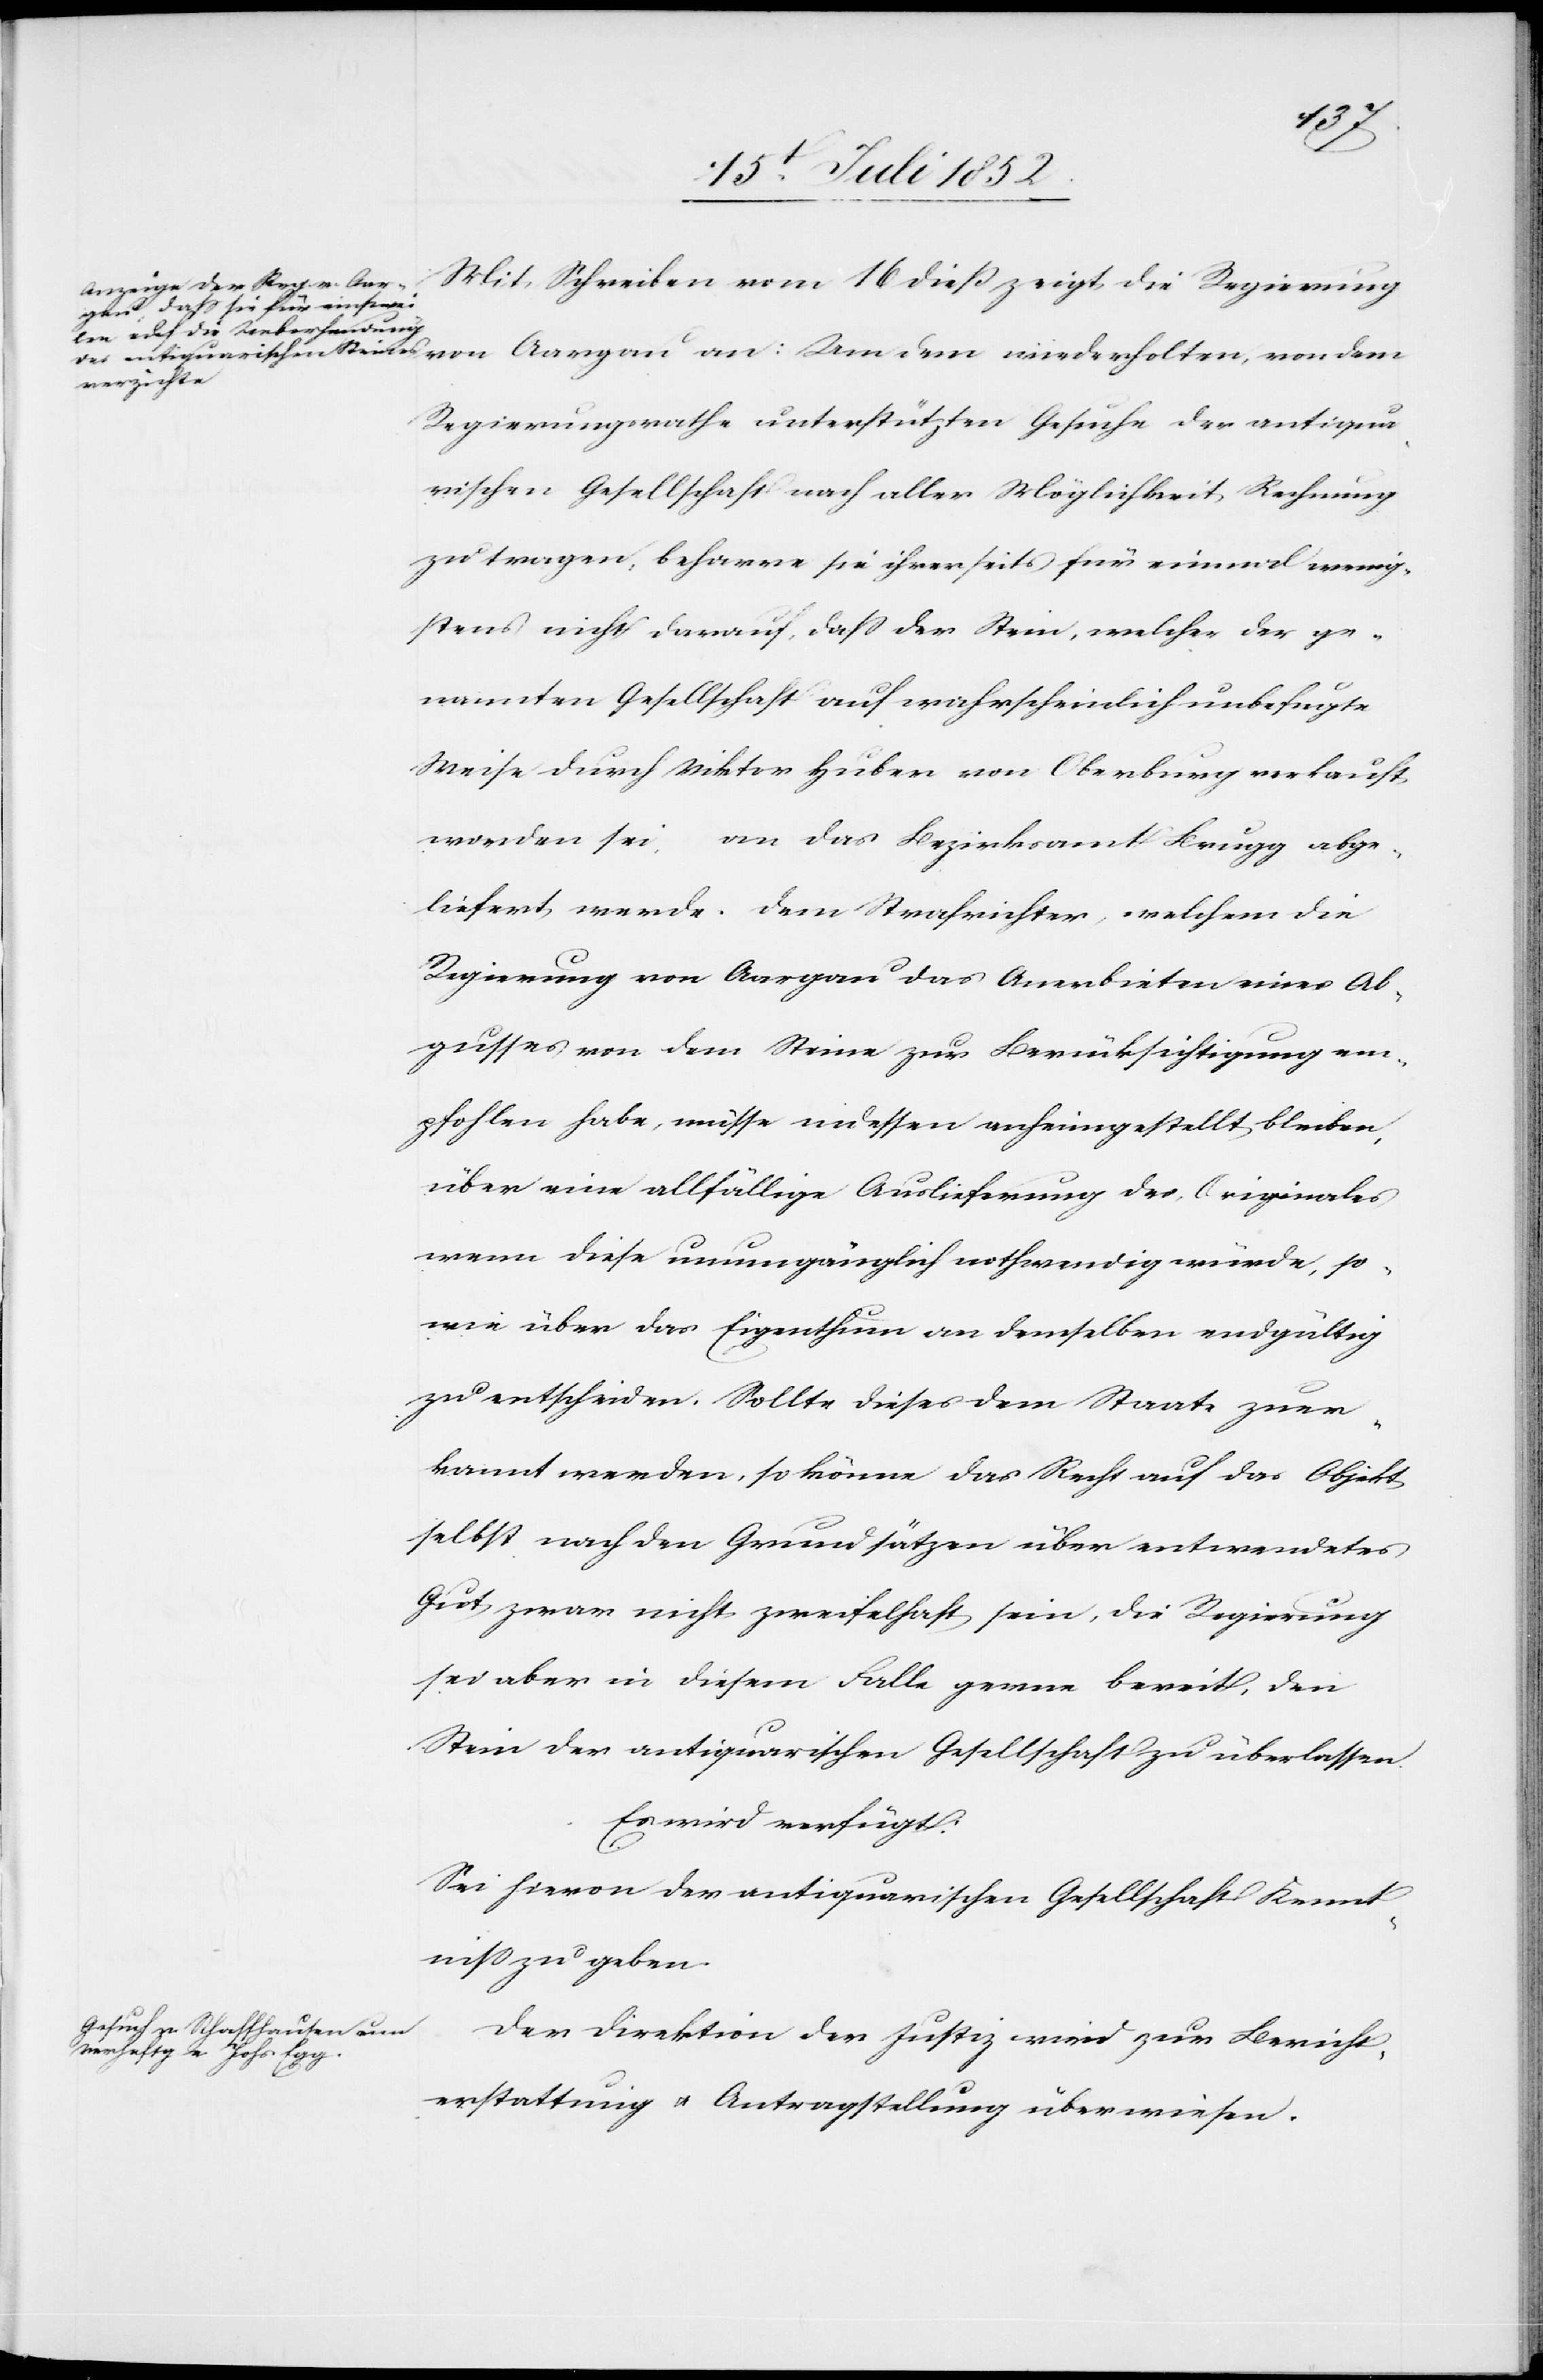
den
17. Juli 1852]
Mit Schreiben vom 16 dieß zeigt die Regierung
Regierungsrathe unterstützten Gesuche der antiqua¬
rischen Gesellschaft nach aller Möglichkeit Rechnung
zu tragen, beharre sie ihrerseits für einmal wenig¬
stens nicht darauf, dass der Stein, welcher der ge¬
nannten Gesellschaft auf wahrscheinlich unbefugte
Weise durch Viktor Huber von Oberburg verkauft
worden sei, an das Bezirksamt Brugg abge¬
liefert werde. Dem Strafrichter, welchem die
Regierung von Aargau das Anerbieten eines Ab¬
gusses von dem Steine zur Berücksichtigung em¬
pfohlen habe, müsse indessen anheimgestellt bleiben,
über eine allfällige Auslieferung des Originales
wenn diese unumgänglich nothwendig würde, so¬
wie über das Eigenthum an demselben endgültig
zu entscheiden. Sollte dieses dem Staate zuer¬
kannt werden, so könne das Recht auf das Objekt
selbst nach den Grundsätzen über entwendetes
Gut zwar nicht zweifelhaft sein, die Regierung
sei aber in diesem Falle gerne bereit, den
Stein der antiquarischen Gesellschaft zu überlassen.
Es wird verfügt:
Sei hievon der antiquarischen Gesellschaft Kennt¬
niss zu geben.
Der Direktion der Justiz wird zur Bericht¬
erstattung & Antragstellung überwiesen.